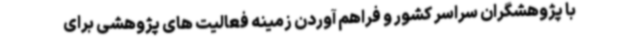
با پژوهشگران سراسر کشور و فراهم آوردن زمینه فعالیت های پژوهشی برای